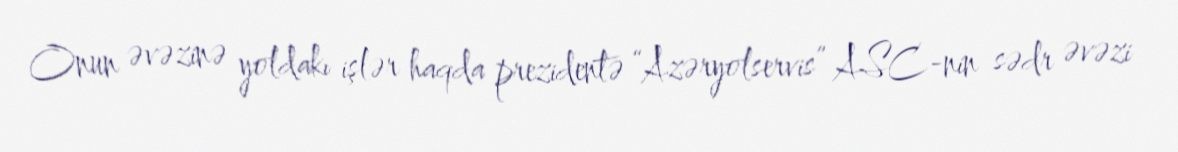
Onun əvəzinə yoldakı işlər haqda prezidentə “Azəryolservis” ASC-nin sədr əvəzi